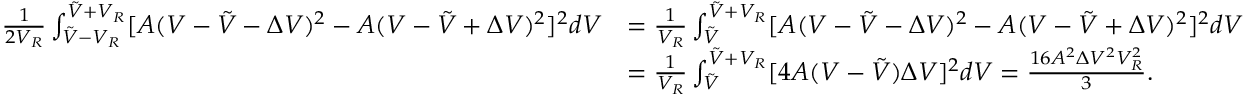
\begin{array} { r l } { \frac 1 { 2 V _ { R } } \int _ { \tilde { V } - V _ { R } } ^ { \tilde { V } + V _ { R } } [ A ( V - \tilde { V } - \Delta V ) ^ { 2 } - A ( V - \tilde { V } + \Delta V ) ^ { 2 } ] ^ { 2 } d V } & { = \frac 1 { V _ { R } } \int _ { \tilde { V } } ^ { \tilde { V } + V _ { R } } [ A ( V - \tilde { V } - \Delta V ) ^ { 2 } - A ( V - \tilde { V } + \Delta V ) ^ { 2 } ] ^ { 2 } d V } \\ & { = \frac 1 { V _ { R } } \int _ { \tilde { V } } ^ { \tilde { V } + V _ { R } } [ 4 A ( V - \tilde { V } ) \Delta V ] ^ { 2 } d V = \frac { 1 6 A ^ { 2 } \Delta V ^ { 2 } V _ { R } ^ { 2 } } { 3 } . } \end{array}